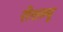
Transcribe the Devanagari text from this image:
रीशल्यू